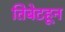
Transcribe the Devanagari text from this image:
तिबेटहून